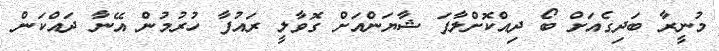
މުނީރާ ބަދިގެއަށް ބޯ ދިއްކޮށްލާފަ ޝާޔަންއަށް ގޮވާލީ ރައުފާ ހުރުމުން އޭނާ ދައްކަން